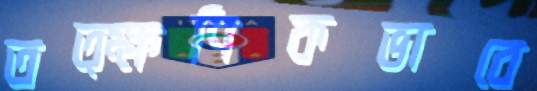
তত্ক্ষণিকভাবে